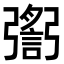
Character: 𢐬